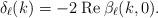
LaTeX: \begin{align*}\delta_\ell(k)=-2\:{\rm Re}\:\beta_\ell(k,0).\end{align*}